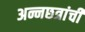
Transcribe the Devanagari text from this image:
अन्नछत्रांची